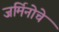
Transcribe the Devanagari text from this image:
जर्मिनोचे